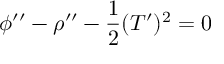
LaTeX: \phi ^ { \prime \prime } - \rho ^ { \prime \prime } - \frac { 1 } { 2 } ( T ^ { \prime } ) ^ { 2 } = 0